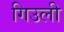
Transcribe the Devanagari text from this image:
गिउली